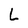
Character: L